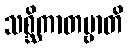
သစ္ဆိကာတဗ္ဗာတိ